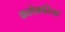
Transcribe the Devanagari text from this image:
कलेकरिता